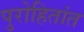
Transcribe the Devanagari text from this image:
पुरोहितांत